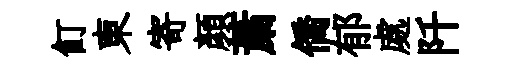
飣東寄顔䔥僑郁處阡